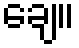
ချေ။